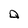
Character: Q